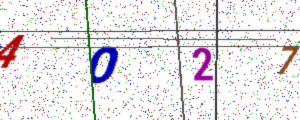
Text: 4O27